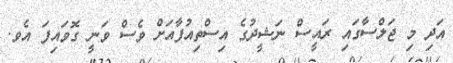
އަދި މި ޖަލްސާގައި ރައީސް ނަޝީދުގެ އިސްތިއުފާއަށް ވެސް ވަނީ ގޮވައިފަ އެެވ.